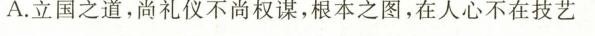
A.立国之道，尚礼仪不尚权谋，根本之图，在人心不在技艺